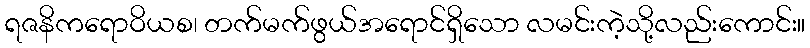
ရဇနိကရောဝိယစ၊ တက်မက်ဖွယ်အရောင်ရှိသော လမင်းကဲ့သို့လည်းကောင်း။